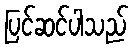
ပြင်ဆင်ပါသည်